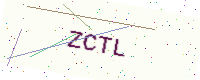
Text: ZCTL